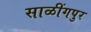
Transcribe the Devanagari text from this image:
साळींगपुर